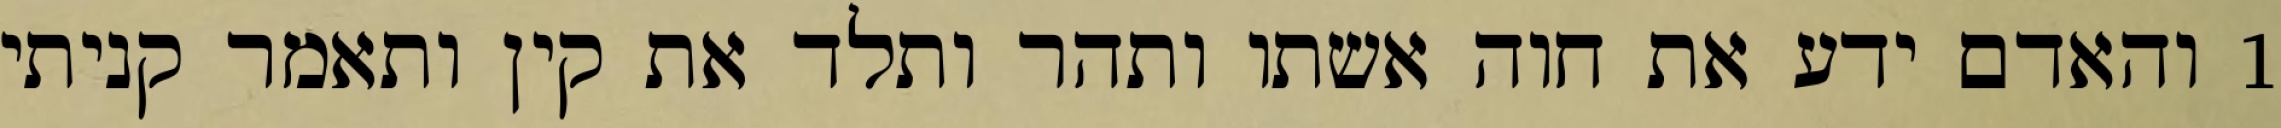
1 והאדם ידע את חוה אשתו ותהר ותלד את קין ותאמר קניתי